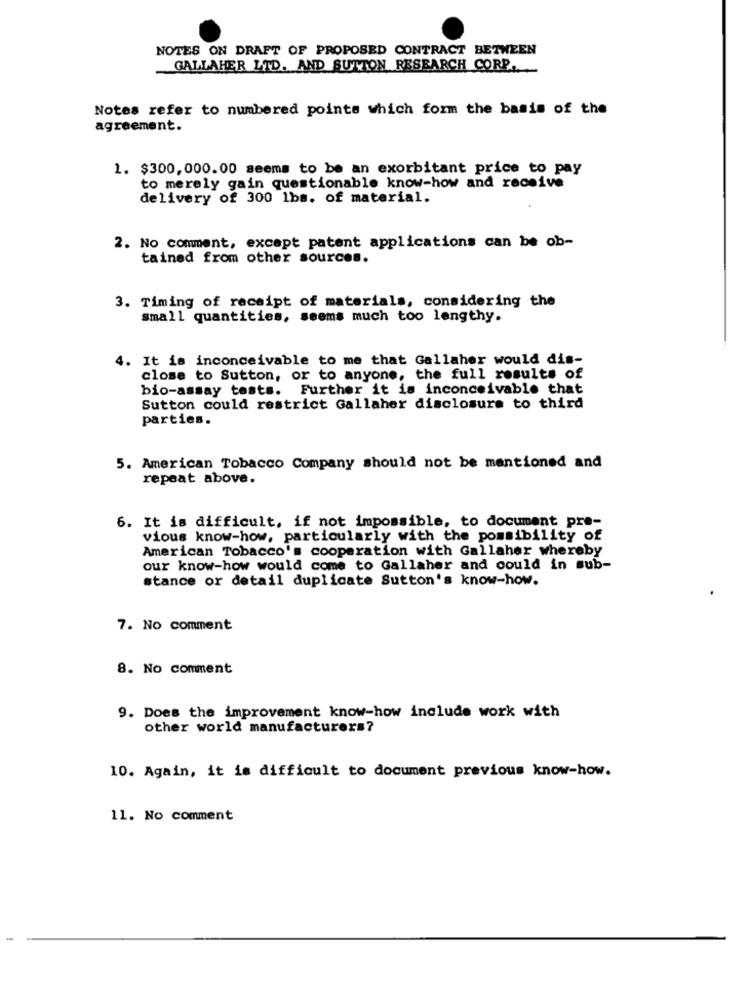
NOTES ON DRAFT OF PROPOSED CONTRACT BETWEEN
GALLAHER LTD. AND SUTTON RESEARCH CORP.
Notes refer to numbered points which form the basis of the
agreement.
1. $300,000.00 seems to be an exorbitant price to pay
to merely gain questionable know-how and receive
delivery of 300 lbs. of material.
2. No comment, except patent applications can be ob-
tained from other sources.
3. Timing of receipt of materials, considering the
small quantities, seems much too lengthy.
4. It is inconceivable to me that Gallaher would dis-
close to Sutton, or to anyone, the full results of
bio-assay tests. Further it is inconceivable that
Sutton could restrict Gallaher disclosure to third
parties.
5. American Tobacco Company should not be mentioned and
repeat above.
6. It is difficult, if not impossible, to document pre-
vious know-how, particularly with the possibility of
American Tobacco's cooperation with Gallaher whereby
our know-how would come to Gallaher and could in sub-
stance or detail duplicate Sutton's know-how.
7. No comment
8. No comment
9. Does the improvement know-how include work with
other world manufacturers?
10. Again, it is difficult to document previous know-how.
11. No comment